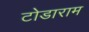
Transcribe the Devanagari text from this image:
टोडाराम